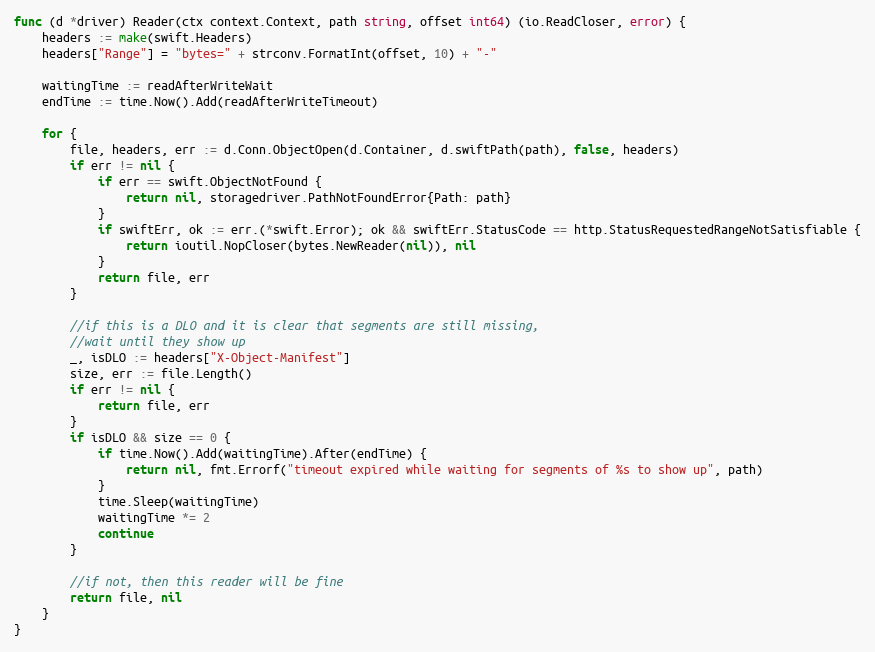
Language: Go
func (d *driver) Reader(ctx context.Context, path string, offset int64) (io.ReadCloser, error) {
	headers := make(swift.Headers)
	headers["Range"] = "bytes=" + strconv.FormatInt(offset, 10) + "-"

	waitingTime := readAfterWriteWait
	endTime := time.Now().Add(readAfterWriteTimeout)

	for {
		file, headers, err := d.Conn.ObjectOpen(d.Container, d.swiftPath(path), false, headers)
		if err != nil {
			if err == swift.ObjectNotFound {
				return nil, storagedriver.PathNotFoundError{Path: path}
			}
			if swiftErr, ok := err.(*swift.Error); ok && swiftErr.StatusCode == http.StatusRequestedRangeNotSatisfiable {
				return ioutil.NopCloser(bytes.NewReader(nil)), nil
			}
			return file, err
		}

		//if this is a DLO and it is clear that segments are still missing,
		//wait until they show up
		_, isDLO := headers["X-Object-Manifest"]
		size, err := file.Length()
		if err != nil {
			return file, err
		}
		if isDLO && size == 0 {
			if time.Now().Add(waitingTime).After(endTime) {
				return nil, fmt.Errorf("timeout expired while waiting for segments of %s to show up", path)
			}
			time.Sleep(waitingTime)
			waitingTime *= 2
			continue
		}

		//if not, then this reader will be fine
		return file, nil
	}
}